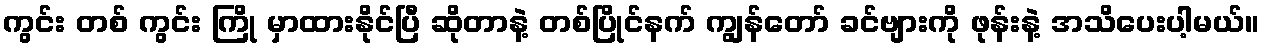
ကွင်း တစ် ကွင်း ကြို မှာထားနိုင်ပြီ ဆိုတာနဲ့ တစ်ပြိုင်နက် ကျွန်တော် ခင်ဗျားကို ဖုန်းနဲ့ အသိပေးပါ့မယ်။